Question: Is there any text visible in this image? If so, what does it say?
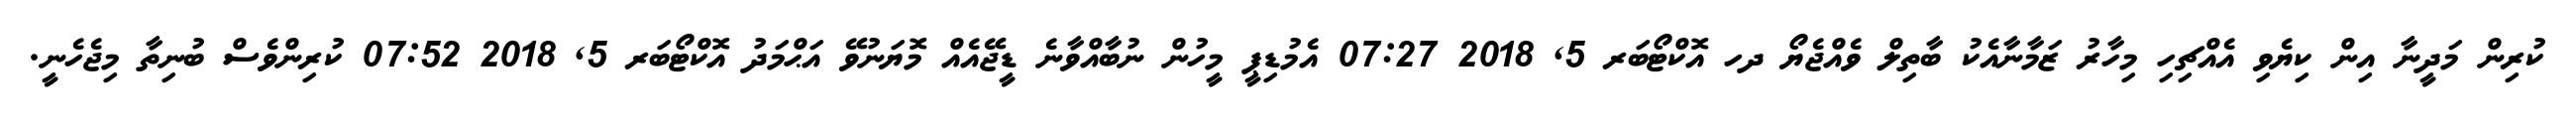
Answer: ކުރިން މަދީނާ އިން ކިޔެވި އެއްޗިހި މިހާރު ޒަމާނާއެކު ބާތިލް ވެއްޖެޔޯ ދހ އޮކްޓޯބަރ 5, 2018 07:27 އެމުޑިޕީ މީހުން ނުބާއްވާނެ ޑީޖޭއެއް މޮޔަނުވޭ އަޙްމަދު އޮކްޓޯބަރ 5, 2018 07:52 ކުރިންވެސް ބުނިތާ މިޖެހެނީ.